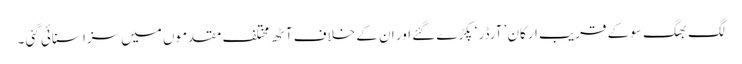
لگ بھگ سو کے قریب ارکان ِ’ آرڈر ‘ پکڑے گئے اور ان کے خلاف آٹھ مختلف مقدموں میں سزا سنائی گئی ۔